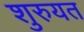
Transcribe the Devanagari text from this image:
शुरुयत